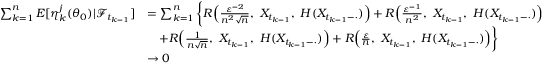
\begin{array} { r l } { \sum _ { k = 1 } ^ { n } E [ \eta _ { k } ^ { j } ( \theta _ { 0 } ) | \mathcal { F } _ { t _ { k - 1 } } ] } & { = \sum _ { k = 1 } ^ { n } \bigg \{ R \Big ( \frac { \varepsilon ^ { - 2 } } { n ^ { 2 } \sqrt { n } } , ~ X _ { t _ { k - 1 } } , ~ H ( X _ { t _ { k - 1 } - \cdot } ) \Big ) + R \Big ( \frac { \varepsilon ^ { - 1 } } { n ^ { 2 } } , ~ X _ { t _ { k - 1 } } , ~ H ( X _ { t _ { k - 1 } - \cdot } ) \Big ) } \\ & { \quad + R \Big ( \frac { 1 } { n \sqrt { n } } , ~ X _ { t _ { k - 1 } } , ~ H ( X _ { t _ { k - 1 } - \cdot } ) \Big ) + R \Big ( \frac { \varepsilon } { n } , ~ X _ { t _ { k - 1 } } , ~ H ( X _ { t _ { k - 1 } - \cdot } ) \Big ) \bigg \} } \\ & { \rightarrow 0 } \end{array}